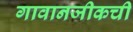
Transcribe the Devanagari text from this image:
गावानजीकची